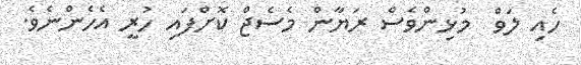
ހެއި ލަވް  މުޅިންވެސް ރަޔާން މެސެޖް ކޮށްފައި ހުރީ އެހެންނެވެ.